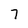
Character: 7